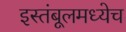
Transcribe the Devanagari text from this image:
इस्तंबूलमध्येच